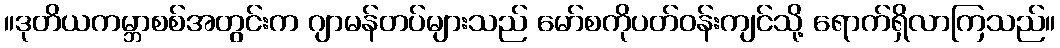
။ဒုတိယကမ္ဘာစစ်အတွင်းက ဂျာမန်တပ်များသည် မော်စကိုပတ်ဝန်းကျင်သို့ ရောက်ရှိလာကြသည်။